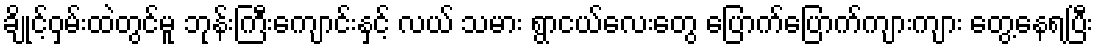
ချိုင့်ဝှမ်းထဲတွင်မူ ဘုန်းကြီးကျောင်းနှင့် လယ် သမား ရွာငယ်လေးတွေ ပြောက်ပြောက်ကျားကျား တွေ့နေရပြီး